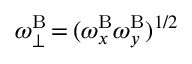
\omega _ { \perp } ^ { \mathrm { B } } \, { = } \, ( \omega _ { x } ^ { \mathrm { B } } \omega _ { y } ^ { \mathrm { B } } ) ^ { 1 / 2 }